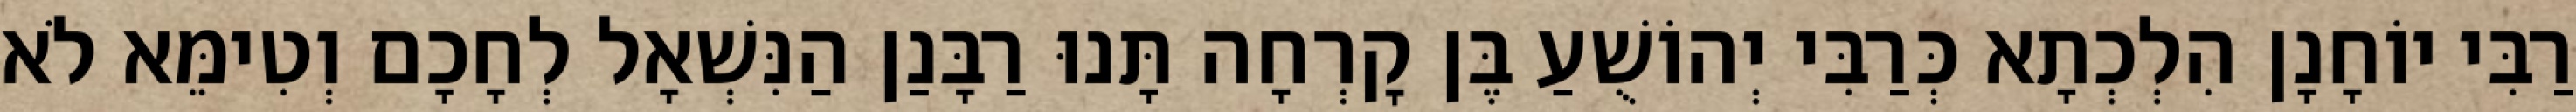
רַבִּי יוֹחָנָן הִלְכְתָא כְּרַבִּי יְהוֹשֻׁעַ בֶּן קׇרְחָה תָּנוּ רַבָּנַן הַנִּשְׁאָל לְחָכָם וְטִימֵּא לֹא